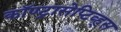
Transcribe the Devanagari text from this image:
कॉण्ट्रासेप्टिव्ह्स